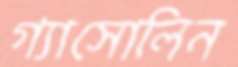
গ্যাসোলিন